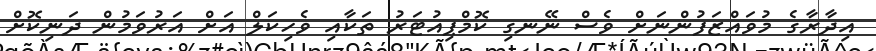
އިދާރާގެ މުވައްޒަފުންނަށް ވެސް ނޭނގި ކޮމްޕިއުޓަރު ތަކާއި ވެހިކަލް އަށް އަރުވަމުން ދަނިކޮށް